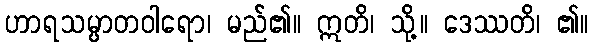
ဟာရသမ္ပာတဝါရော၊ မည်၏။ ဣတိ၊ သို့။ ဒေဿတိ၊ ၏။